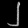
Digit: ၂